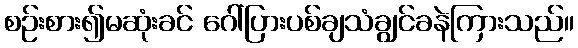
စဉ်းစား၍မဆုံးခင် ဂေါ်ပြားပစ်ချသံချွင်ခနဲကြားသည်။